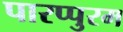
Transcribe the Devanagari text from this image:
पारप्पुरम